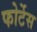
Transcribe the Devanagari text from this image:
फोर्टेस